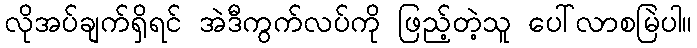
လိုအပ်ချက်ရှိရင် အဲဒီကွက်လပ်ကို ဖြည့်တဲ့သူ ပေါ်လာစမြဲပါ။